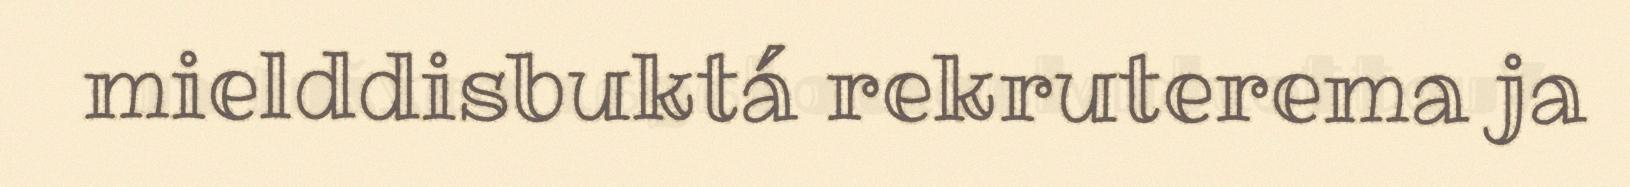
mielddisbuktá rekruterema ja